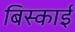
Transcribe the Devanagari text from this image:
बिस्काई